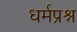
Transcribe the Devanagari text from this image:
धर्मप्रश्न